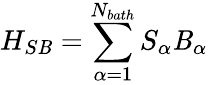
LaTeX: {{H}_{S\mathit{B}}}=\sum_{\alpha=1}^{{{N}_{bath}}}{{{S}_{\alpha}}}{{\mathit{B}}_{\alpha}}